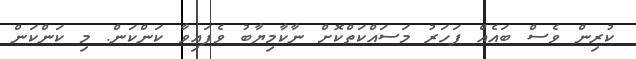
ކުރިން ވެސް ބައެއް ފަހަރު މަސައްކަތްކޮށް ނާކާމިޔާބު ވެފައިވާ ކަންކަން. މި ކަންކަން